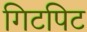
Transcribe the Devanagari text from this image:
गिटपिट